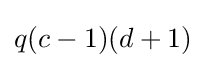
q(c-1)(d+1)